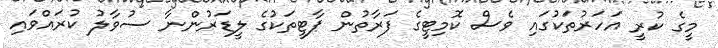
މީގެ ކުރީ އަހަރުތަކުގައި ވެސް ކޮމިޓީގެ ފަރާތުން ޕާޓީތަކުގެ ލީޑަރުންނާ ސުވާލު ކުރައްވައި